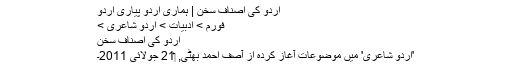
اردو کی اصنافِ سخن | ہماری اردو پیاری اردو
فورم > ادبیات > اردو شاعری >
اردو کی اصنافِ سخن
'اردو شاعری' میں موضوعات آغاز کردہ از آصف احمد بھٹی, ‏21 جولائی 2011۔